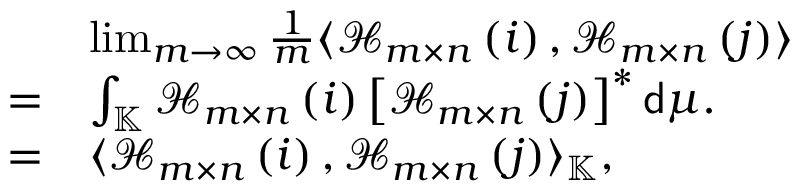
\begin{array} { r l } & { \operatorname* { l i m } _ { m \rightarrow \infty } \frac { 1 } { m } \langle \mathcal { H } _ { m \times n } \left( i \right) , \mathcal { H } _ { m \times n } \left( j \right) \rangle } \\ { = } & { \int _ { \mathbb { K } } \mathcal { H } _ { m \times n } \left( i \right) \left[ \mathcal { H } _ { m \times n } \left( j \right) \right] ^ { * } \mathsf { d } \mu . } \\ { = } & { \langle \mathcal { H } _ { m \times n } \left( i \right) , \mathcal { H } _ { m \times n } \left( j \right) \rangle _ { \mathbb { K } } , } \end{array}